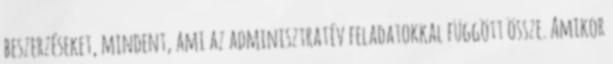
beszerzéseket, mindent, ami az adminisztratív feladatokkal függött össze. Amikor